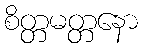
စိတ္တမတ္တနော